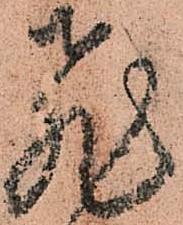
飛